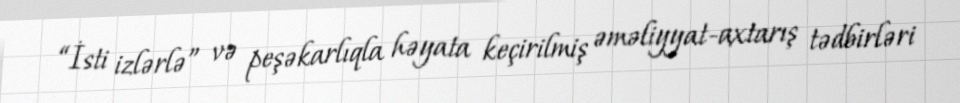
“İsti izlərlə” və peşəkarlıqla həyata keçirilmiş əməliyyat-axtarış tədbirləri